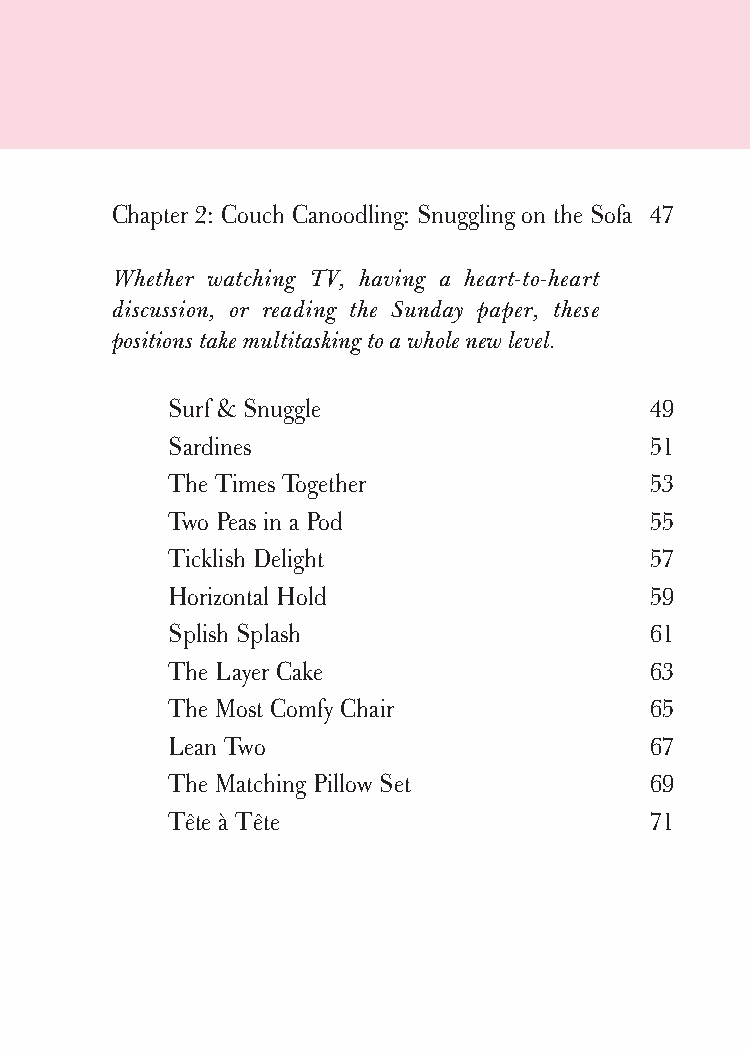
cudllesutra_internals1 7/16/07 2:50 PM Page ix
 Chapter 2: Couch Canoodling: Snuggling on the Sofa 47
 Whether watching TV, having a heart-to-heart
 discussion, or reading the Sunday paper, these
 positions take multitasking to a whole new level.
 Surf & Snuggle                  49
 Sardines                        51
 The Times Together              53
 Two Peas in a Pod               55
 Ticklish Delight                57
 Horizontal Hold                 59
 Splish Splash                   61
 The Layer Cake                  63
 The Most Comfy Chair            65
 Lean Two                        67
 The Matching Pillow Set         69
 Tête à Tête                     71